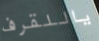
ياللقرف